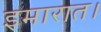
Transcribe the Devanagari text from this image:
इमारात।